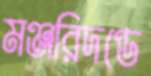
মঞ্জরিদণ্ডে